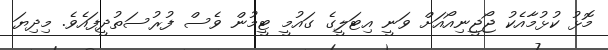
މޮޅު ކުޅުމާއެކު ޖޯޖީނިއޯއަށް ވަނީ އިޓަލީގެ ގައުމީ ޓީމުން ވެސް ފުރުސަތުދީފައެވެ. މިދިޔަ